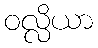
ဝလ္လိယာ